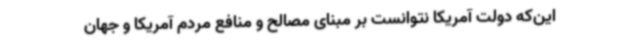
این‌که دولت آمریکا نتوانست بر مبنای مصالح و منافع مردم آمریکا و جهان